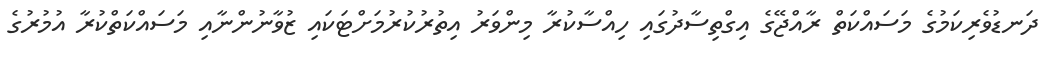
ދަނޑުވެރިކަމުގެ މަސައްކަތް ރާއްޖޭގެ އިގްތިސާދުގައި ހިއްސާކުރާ މިންވަރު އިތުރުކުރުމަށްޓަކައި ޒުވާނުންނާއި މަސައްކަތްކުރާ އުމުރުގެ